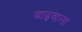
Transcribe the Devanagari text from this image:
बाढ़वाला